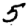
Digit: 5